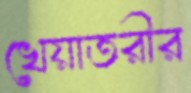
খেয়াতরীর